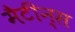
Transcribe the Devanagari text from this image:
मैटीन्स